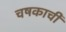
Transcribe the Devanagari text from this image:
चषकाची